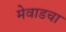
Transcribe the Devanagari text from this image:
मेवाडचा